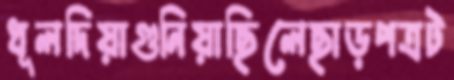
ধূলদিয়াগুনিয়াছিলেছাড়পত্রট